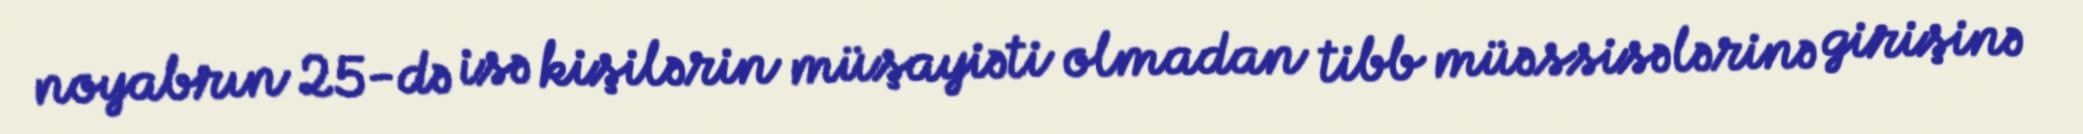
noyabrın 25-də isə kişilərin müşayiəti olmadan tibb müəssisələrinə girişinə